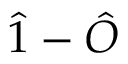
\hat { 1 } - \hat { O }